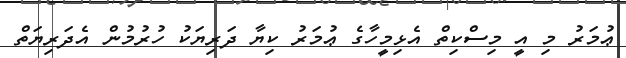
ޢުމަރު މި އީ މިސްކިތް އެޅިމީހާގެ ޢުމަރު ކިޔާ ދަރިޔަކު ހުރުމުން އެދަރިޔަތް